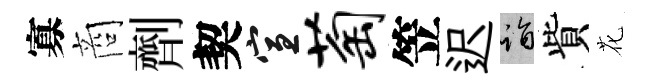
寡商劑契宣萄笠迟诣貲花